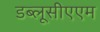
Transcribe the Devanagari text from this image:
डब्लूसीएएम